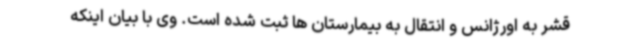
قشر به اورژانس و انتقال به بیمارستان ها ثبت شده است. وی با بیان اینکه